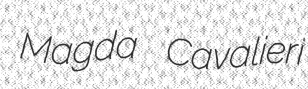
Magda Cavalieri